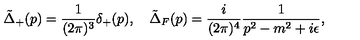
\tilde { \Delta } _ { + } ( p ) = \frac { 1 } { ( 2 \pi ) ^ { 3 } } \delta _ { + } ( p ) , \quad \tilde { \Delta } _ { F } ( p ) = \frac { i } { ( 2 \pi ) ^ { 4 } } \frac { 1 } { p ^ { 2 } - m ^ { 2 } + i \epsilon } ,